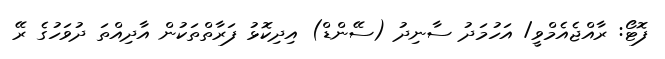
ފޮޓޯ: ރާއްޖެއެމްވީ/ އަހުމަދު ސާނިދު (ސޭންޑް) އިދިކޮޅު ފަރާތްތަކުން އާދިއްތަ ދުވަހުގެ ރޭ